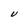
Character: U